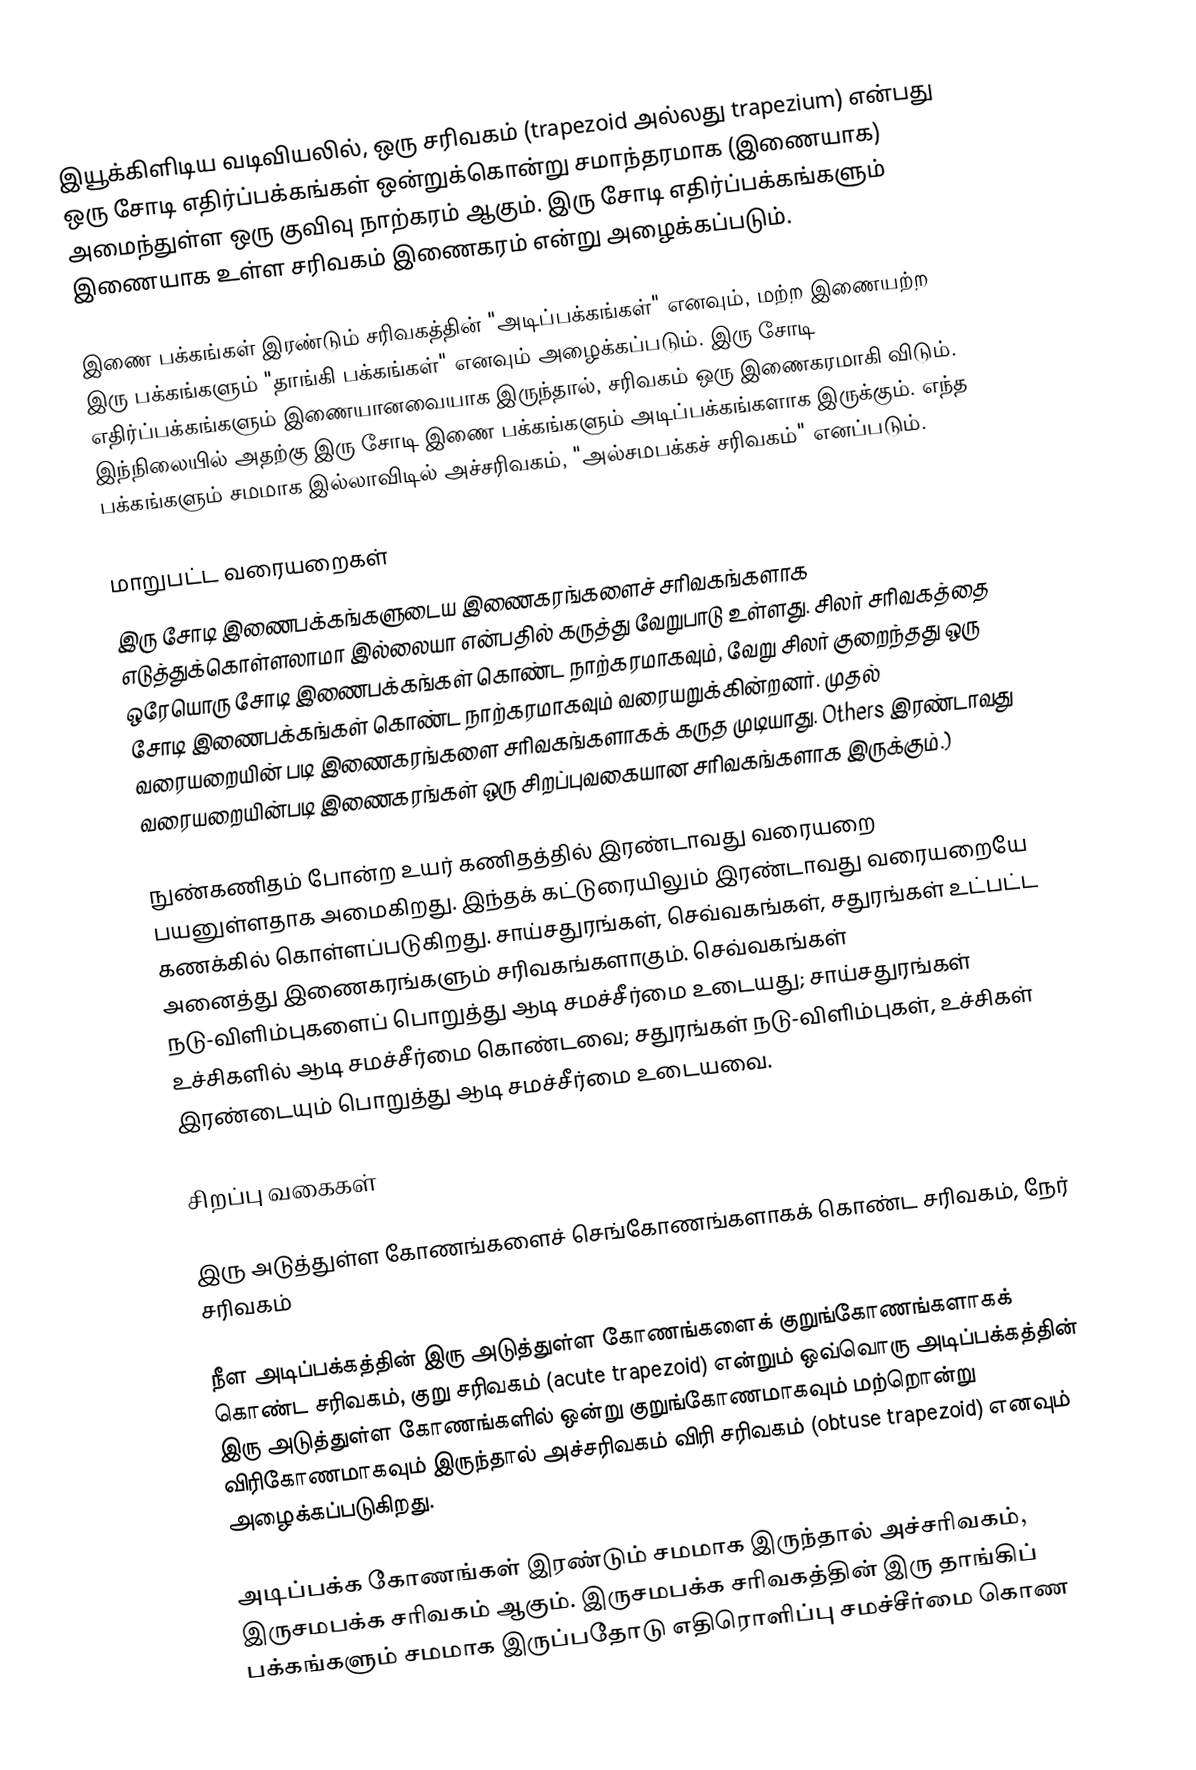
இயூக்கிளிடிய வடிவியலில், ஒரு சரிவகம் (trapezoid அல்லது trapezium) என்பது ஒரு சோடி எதிர்ப்பக்கங்கள் ஒன்றுக்கொன்று சமாந்தரமாக (இணையாக) அமைந்துள்ள ஒரு குவிவு நாற்கரம் ஆகும். இரு சோடி எதிர்ப்பக்கங்களும் இணையாக உள்ள சரிவகம் இணைகரம் என்று அழைக்கப்படும்.

இணை பக்கங்கள் இரண்டும் சரிவகத்தின் "அடிப்பக்கங்கள்" எனவும், மற்ற இணையற்ற இரு பக்கங்களும் "தாங்கி பக்கங்கள்" எனவும் அழைக்கப்படும். இரு சோடி எதிர்ப்பக்கங்களும் இணையானவையாக இருந்தால், சரிவகம் ஒரு இணைகரமாகி விடும். இந்நிலையில் அதற்கு இரு சோடி இணை பக்கங்களும் அடிப்பக்கங்களாக இருக்கும். எந்த பக்கங்களும் சமமாக இல்லாவிடில் அச்சரிவகம், "அல்சமபக்கச் சரிவகம்" எனப்படும்.

மாறுபட்ட வரையறைகள்
இரு சோடி இணைபக்கங்களுடைய இணைகரங்களைச் சரிவகங்களாக எடுத்துக்கொள்ளலாமா இல்லையா என்பதில் கருத்து வேறுபாடு உள்ளது. சிலர் சரிவகத்தை ஒரேயொரு சோடி இணைபக்கங்கள் கொண்ட நாற்கரமாகவும், வேறு சிலர் குறைந்தது ஒரு சோடி இணைபக்கங்கள் கொண்ட நாற்கரமாகவும் வரையறுக்கின்றனர். முதல் வரையறையின் படி இணைகரங்களை சரிவகங்களாகக் கருத முடியாது. Others இரண்டாவது வரையறையின்படி இணைகரங்கள் ஒரு சிறப்புவகையான சரிவகங்களாக இருக்கும்.)

நுண்கணிதம் போன்ற உயர் கணிதத்தில் இரண்டாவது வரையறை பயனுள்ளதாக அமைகிறது. இந்தக் கட்டுரையிலும் இரண்டாவது வரையறையே கணக்கில் கொள்ளப்படுகிறது.  சாய்சதுரங்கள், செவ்வகங்கள், சதுரங்கள் உட்பட்ட அனைத்து இணைகரங்களும் சரிவகங்களாகும். செவ்வகங்கள் நடு-விளிம்புகளைப் பொறுத்து ஆடி சமச்சீர்மை உடையது; சாய்சதுரங்கள் உச்சிகளில் ஆடி சமச்சீர்மை கொண்டவை; சதுரங்கள் நடு-விளிம்புகள், உச்சிகள் இரண்டையும் பொறுத்து ஆடி சமச்சீர்மை உடையவை.

சிறப்பு வகைகள்

இரு அடுத்துள்ள கோணங்களைச் செங்கோணங்களாகக் கொண்ட சரிவகம், நேர் சரிவகம்

நீள அடிப்பக்கத்தின் இரு அடுத்துள்ள கோணங்களைக் குறுங்கோணங்களாகக் கொண்ட சரிவகம், குறு சரிவகம் (acute trapezoid) என்றும் ஒவ்வொரு அடிப்பக்கத்தின் இரு அடுத்துள்ள கோணங்களில் ஒன்று குறுங்கோணமாகவும் மற்றொன்று விரிகோணமாகவும் இருந்தால் அச்சரிவகம் விரி சரிவகம் (obtuse trapezoid) எனவும் அழைக்கப்படுகிறது.

அடிப்பக்க கோணங்கள் இரண்டும் சமமாக இருந்தால் அச்சரிவகம், இருசமபக்க சரிவகம் ஆகும். இருசமபக்க சரிவகத்தின் இரு தாங்கிப் பக்கங்களும் சமமாக இருப்பதோடு எதிரொளிப்பு சமச்சீர்மை கொண